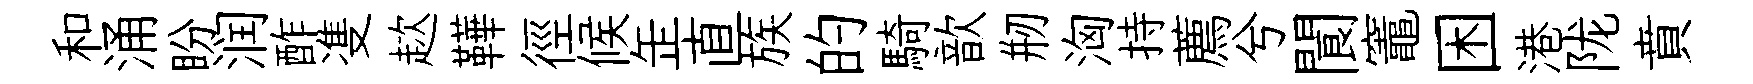
和涌盼润酢㕠趑鞾徑候𦈢直族的騎歆剏洶持薦兮閬竈困港陇賁